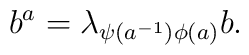
b^{a} = \lambda_{\psi(a^{-1}) \phi (a)} b .